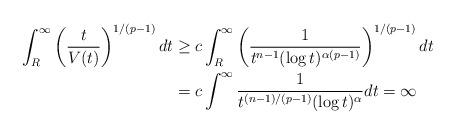
LaTeX: \begin{align*} \int_R^\infty \left( \frac{t}{V(t)} \right)^{1/(p-1)} dt &\ge c\int_R^\infty \left( \frac{1}{t^{n-1}(\log t)^{\alpha(p-1)}} \right)^{1/(p-1)} dt \\ &= c\int^\infty \frac{1}{t^{(n-1)/(p-1)}(\log t)^{\alpha}} dt = \infty \end{align*}